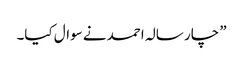
” چار سالہ احمد نے سوال کیا۔